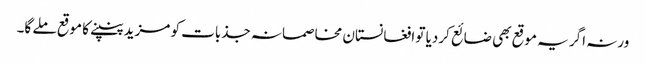
ورنہ اگر یہ موقع بھی ضائع کردیا تو افغانستان مخاصمانہ جذبات کو مزید پنپنے کا موقع ملے گا۔